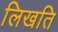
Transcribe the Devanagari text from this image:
लिखति